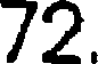
72.